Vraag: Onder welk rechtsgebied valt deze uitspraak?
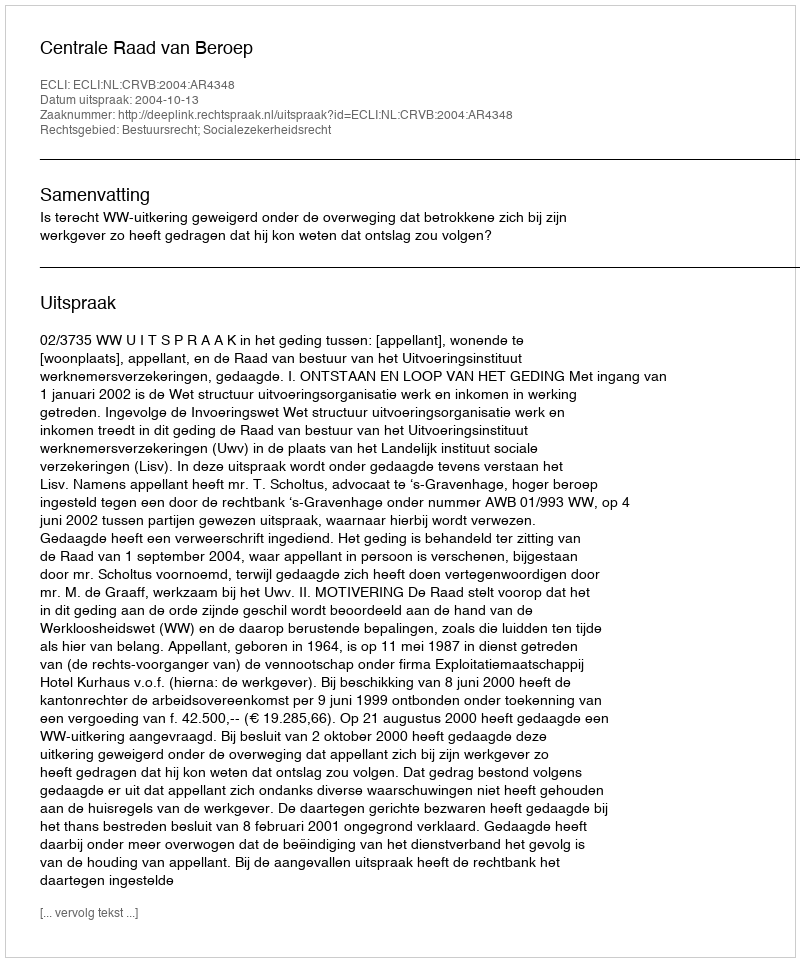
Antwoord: Bestuursrecht; Socialezekerheidsrecht